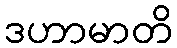
ဒဟာမာတိ